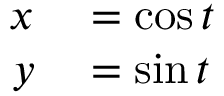
\begin{array} { r l } { x } & { { } = \cos t } \\ { y } & { { } = \sin t } \end{array}